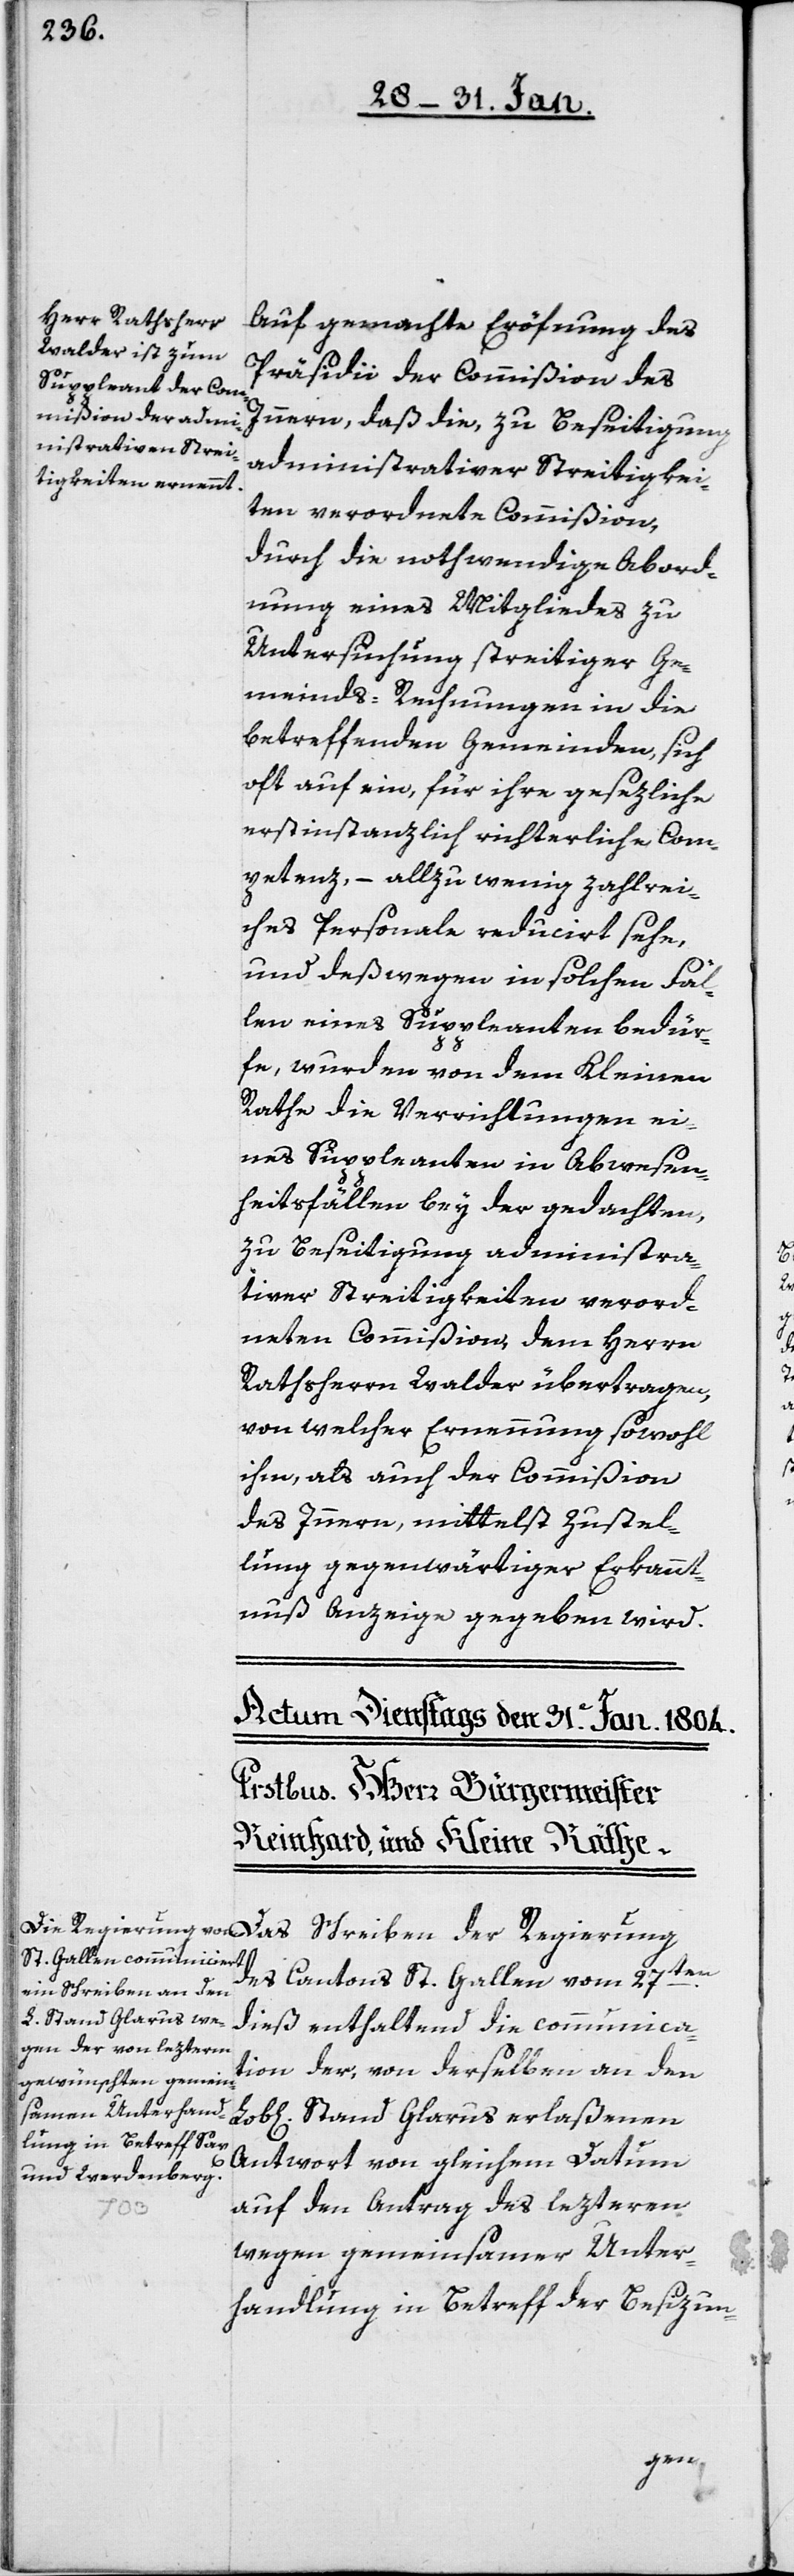
Auf gemachte Eröfnung des
Präsidii der Commißion des
Innern, daß die, zu Beseitigung
administrativer Streitigkei¬
ten verordnete Commißion,
durch die nothwendige Abord¬
nung eines Mitgliedes zu
Untersuchung streitiger Ge¬
meinds-Rechnungen in die
betreffenden Gemeinden, sich
oft auf ein, für ihre gesezliche
erstinstanzlich richterliche Com¬
petenz, – allzu wenig zahlrei¬
ches Personale reducirt sehe,
und deßwegen in solchen Fäl¬
len eines Suppleanten bedür¬
fe, wurden von dem Kleinen
Rathe die Verrichtungen ei¬
nes Suppleanten in Abwesen¬
heitsfällen bey der gedachten,
zu Beseitigung administra¬
tiver Streitigkeiten verord¬
neten Commißion, dem Herrn
Rathsherrn Walder übertragen,
von welcher Ernennung sowohl
ihm, als auch der Commißion
des Innern, mittelst Zustel¬
lung gegenwärtiger Erkannt¬
nuß Anzeige gegeben wird.
des Cantons St. Gallen vom 27ten.
dieß, enthaltend die communica¬
tion der, von derselben an den
Stand Glarus erlaßenen
Antwort von gleichem Datum
auf den Antrag des lezteren
wegen gemeinsamer Unter¬
handlung in Betreff der Besizun-